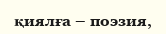
қиялға – поэзия,